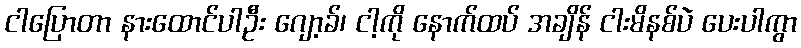
ငါပြောတာ နားထောင်ပါဦး ဂျော့ခ်၊ ငါ့ကို နောက်ထပ် အချိန် ငါးမိနစ်ပဲ ပေးပါကွာ